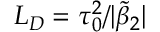
L _ { D } = \tau _ { 0 } ^ { 2 } / | \tilde { \beta } _ { 2 } |